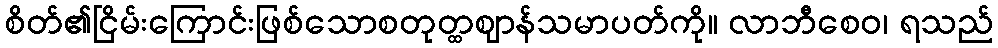
စိတ်၏ငြိမ်းကြောင်းဖြစ်သောစတုတ္ထဈာန်သမာပတ်ကို။ လာဘီစေဝ၊ ရသည်